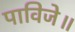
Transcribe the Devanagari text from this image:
पाविजे॥